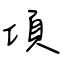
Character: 項